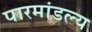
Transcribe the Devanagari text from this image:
पारमांडल्य